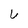
Character: U